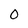
Character: 0